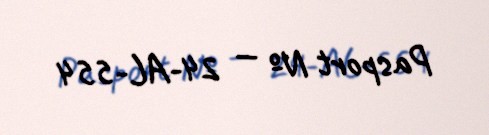
Pasport № — 24-AL-554